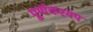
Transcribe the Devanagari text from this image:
पूर्णकश्यप